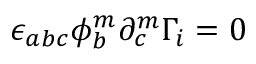
\epsilon _ { a b c } \phi _ { b } ^ { m } \partial _ { c } ^ { m } \Gamma _ { i } = 0